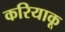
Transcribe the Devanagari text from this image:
करियाकू